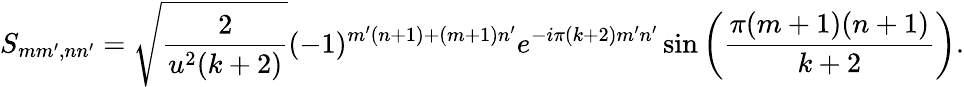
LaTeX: S_{mm^{\prime},nn^{\prime}}=\sqrt{\frac{2}{u^{2}(k+2)}}(-1)^{m^{\prime}(n+1)+(m+1)n^{\prime}}e^{-i\pi(k+2)m^{\prime}n^{\prime}}\sin\left(\frac{\pi(m+1)(n+1)}{k+2}\right).